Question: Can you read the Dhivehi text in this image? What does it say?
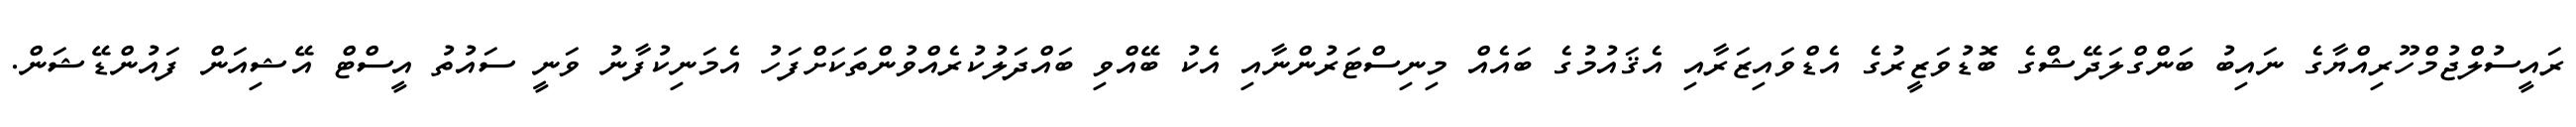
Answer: ރައީސުލްޖުމްހޫރިއްޔާގެ ނައިބު ބަންގްލަދޭޝްގެ ބޮޑުވަޒީރުގެ އެޑްވައިޒަރާއި އެޤައުމުގެ ބައެއް މިނިސްޓަރުންނާއި އެކު ބޭއްވި ބައްދަލުކުރެއްވުންތަކަށްފަހު އެމަނިކުފާނު ވަނީ ސައުތު އީސްޓް އޭޝިއަން ފައުންޑޭޝަން.